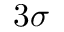
3 \sigma